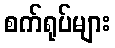
စက်ရုပ်များ